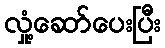
လှုံ့ဆော်ပေးပြီး